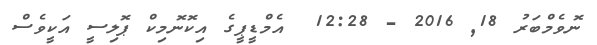
ނޮވެމްބަރު 18